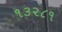
૧૩૨૮૧